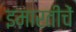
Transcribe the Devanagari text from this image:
इमारतीचें